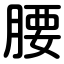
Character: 腰